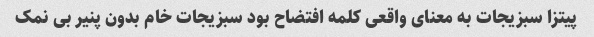
پیتزا سبزیجات به معنای واقعی کلمه افتضاح بود سبزیجات خام بدون پنیر بی نمک